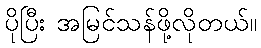
ပိုပြီး အမြင်သန်ဖို့လိုတယ်။